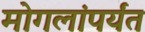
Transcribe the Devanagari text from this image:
मोगलांपर्यंत